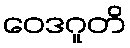
ဝေဒဂူတိ